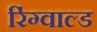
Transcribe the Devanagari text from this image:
रिंग्वाल्ड